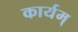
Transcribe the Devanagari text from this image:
कार्यम्